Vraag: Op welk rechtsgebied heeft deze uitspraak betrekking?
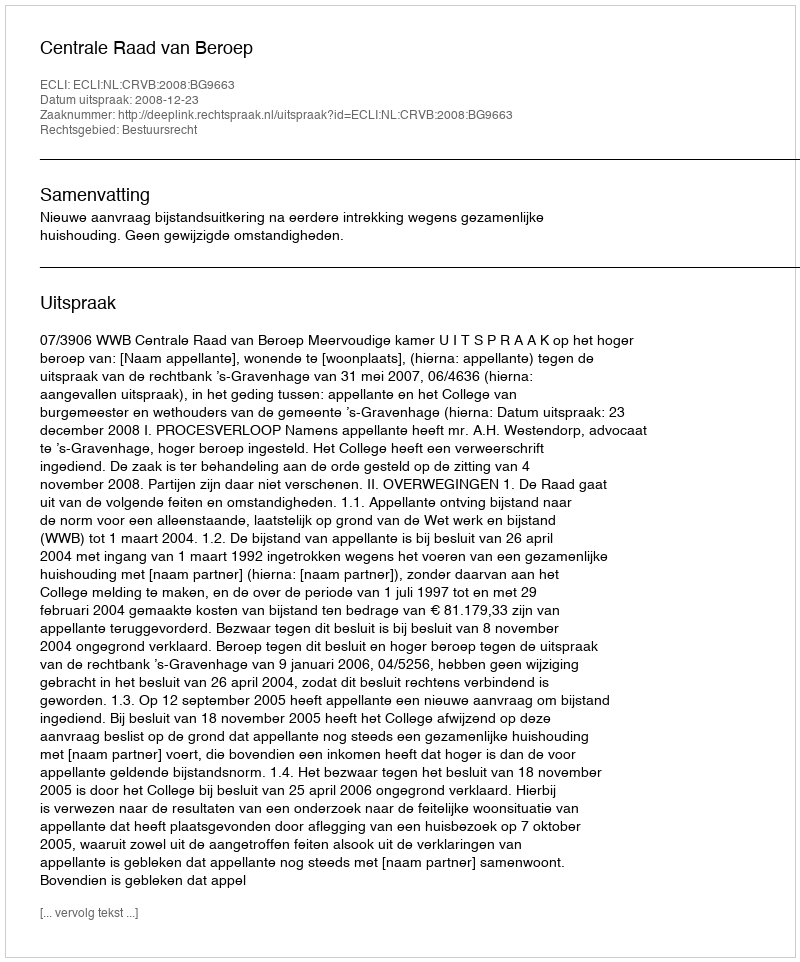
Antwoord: Bestuursrecht